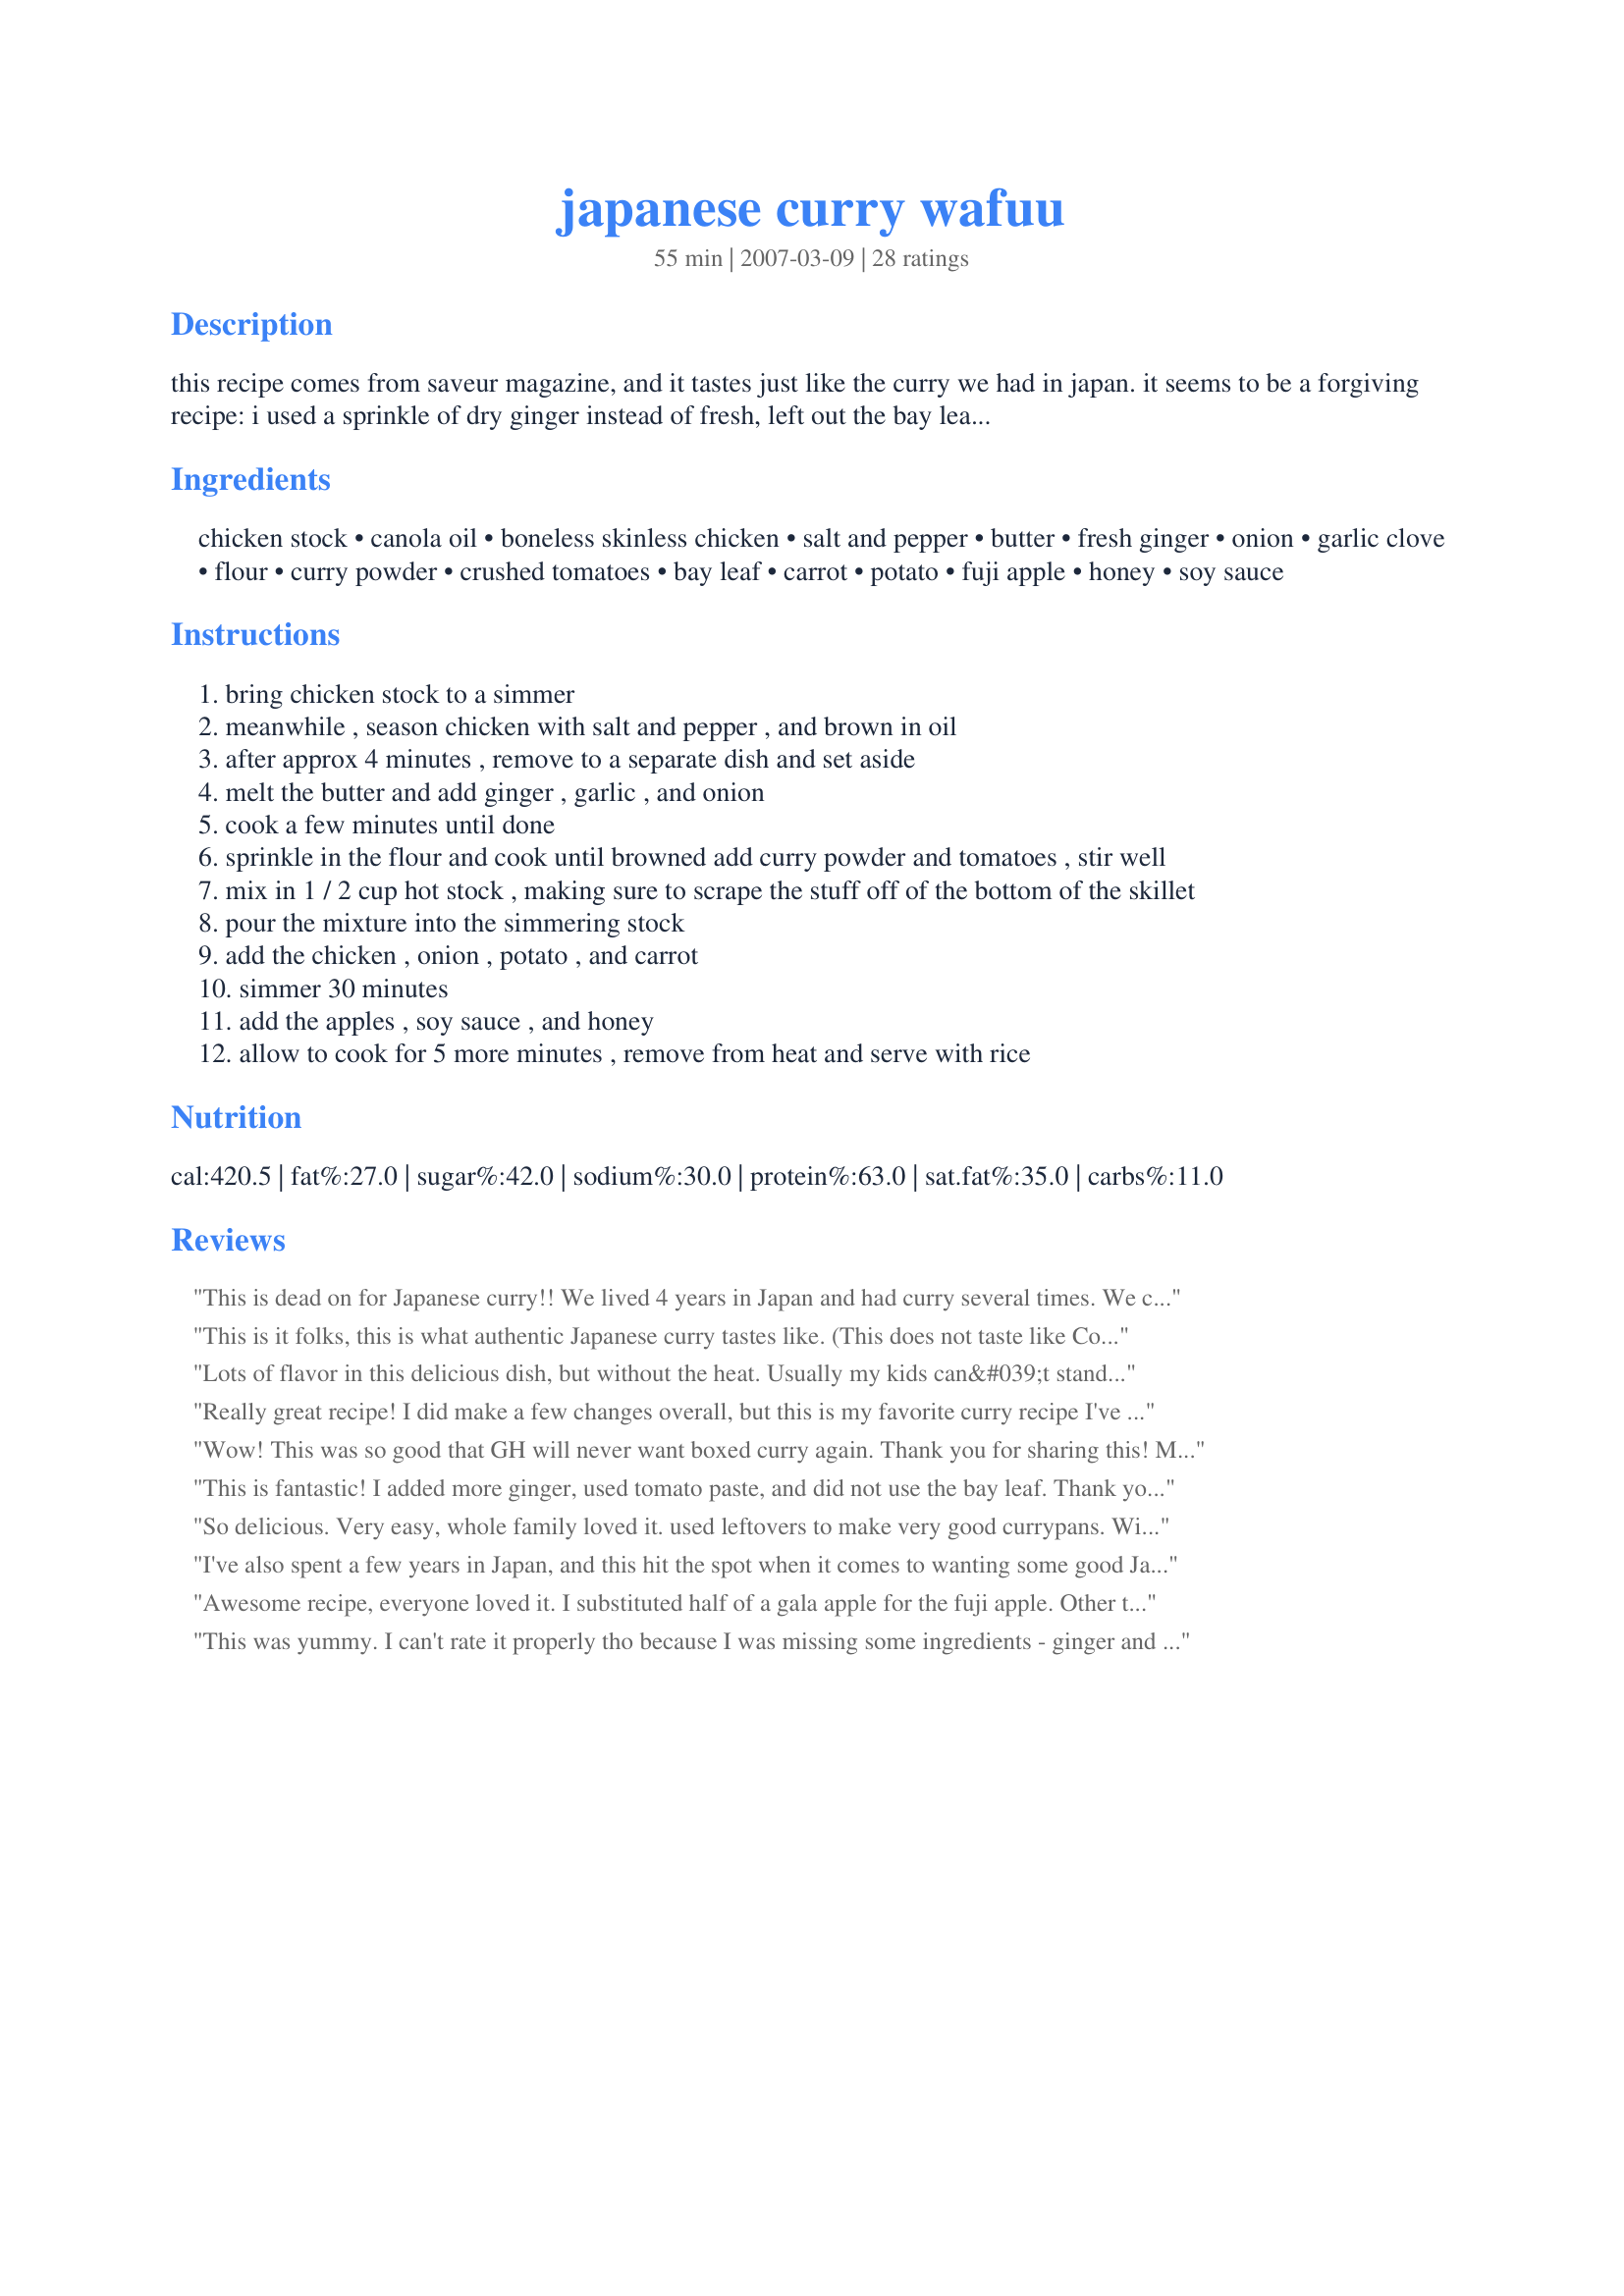
japanese curry wafuu
Preparation time: 55 minutes

this recipe comes from saveur magazine, and it tastes just like the curry we had in japan. it seems to be a forgiving recipe: i used a sprinkle of dry ginger instead of fresh, left out the bay leaf, used 1/2 cup of apple sauce instead of a grated apple, used chicken bullion instead of stock and used ketchup instead of crushed tomatoes. serve with freshly steamed rice. it doesn't take a long time to make, and isn't complicated although it has a long list of ingredients. edit - a few reviewers think that 1/2 cup of applesauce makes it too sweet, so please adjust to your tastes if you decide to substitute it for the apple :-)

Ingredients:
chicken stock, canola oil, boneless skinless chicken, salt and pepper, butter, fresh ginger, onion, garlic clove, flour, curry powder, crushed tomatoes, bay leaf, carrot, potato, fuji apple, honey, soy sauce

Steps:
bring chicken stock to a simmer
meanwhile , season chicken with salt and pepper , and brown in oil
after approx 4 minutes , remove to a separate dish and set aside
melt the butter and add ginger , garlic , and onion
cook a few minutes until done
sprinkle in the flour and cook until browned add curry powder and tomatoes , stir well
mix in 1 / 2 cup hot stock , making sure to scrape the stuff off of the bottom of the skillet
pour the mixture into the simmering stock
add the chicken , onion , potato , and carrot
simmer 30 minutes
add the apples , soy sauce , and honey
allow to cook for 5 more minutes , remove from heat and serve with rice

Reviews:
This is dead on for Japanese curry!! We lived 4 years in Japan and had curry several times. We can buy the mix in the box, but I prefer homemade. Thank you so much for sharing. I made a double recipe and used 1 T of tomato paste instead of crushed tomatoes. This is nice and hearty with the veggies in it! Thanks, Japan bound!
This is it folks, this is what authentic Japanese curry tastes like. (This does not taste like Coco's curry house however) This recipe is simply outstanding. I've tried alot of japanese curry recipes and this one takes the cake. I've lived in Japan for 8 years now. This recipe is awesome.
Lots of flavor in this delicious dish, but without the heat. Usually my kids can&#039;t stand curry but they had no problem eating this. The husband and I loved it, although I may add some heat to it next time. We will definitely make this again.
Really great recipe! I did make a few changes overall, but this is my favorite curry recipe I've tried so far. I made it vegetarian, with grilled eggplant instead of chicken, and it worked out nicely. Also, I used sundried tomato paste instead of canned tomatoes, since that was what I had on hand, and ended up not putting in the honey (would have been too sweet for me!) and adding about 1/2 teaspoon garam masala and just a sprinkle of chili powder to spice it up. Overall, wonderful! Thanks for the recipe, I love it.
Wow! This was so good that GH will never want boxed curry again. Thank you for sharing this! Minor things I tweaked: used low-sodium chicken broth instead of stock, omitted yellow onions and instead minced several scallions with the garlic and ginger and used a granny smith apple. I left the curry powder at 2 tbsps since we like the Hot boxed variety and the heat level was just right. Yum!
This is fantastic! I added more ginger, used tomato paste, and did not use the bay leaf. Thank you for a delicious recipe.
So delicious. Very easy, whole family loved it. used leftovers to make very good currypans. Will make again and again!!
I've also spent a few years in Japan, and this hit the spot when it comes to wanting some good Japanese curry. I almost doubled the recipe and it made 4 big servings for curry rice-lovers. I didn't double the curry powder or onion. I also substituted tomato paste, and I used only 1/2 a fresh fuji apple. Came out medium hot. Delicious!!
Awesome recipe, everyone loved it. I substituted half of a gala apple for the fuji apple. Other than that, I followed the recipe and it was great!! The taste was just slighty off from my favorite Japanese resto :) probably because they bread their chicken. I'm going to make this again in a couple days and use up the remaining ingredients that I have, but without the chicken. Thanks for the recipe! Now...does anyone know how to get that curry smell out of an apartment? ;)
This was yummy. I can't rate it properly tho because I was missing some ingredients - ginger and apple. Used apple juice instead which made it a little thin but still really good. My Japanese-American husband gave it a big thumbs up and even my picky teen said it was almost as good as the boxed sauce. Easy too.
Loved it! Japanese curry is one of our favorite dishes and this one definitly was one of the better ones we've tried.
If I could give more than just 5 stars, I would. This recipe is absolutely astounding! Easy to prepare, the flavors cannot be described. So, so good. I am at a loss for words. Everyone enjoyed it thoroughly. Not much leftover and what was, has gone into the lunch bags for tomorrow. I used tomato paste and a McIntosh apple. Thank you so much Japan Bound. Excellent!
YUM! I just made this and I had to say this is so good! This was my first time making curry, so I was a little worried about how it would come out. The recipe is very easy to follow. My mom loves it! I will be making this again. Thanks for the great recipe! ;P
Delicious. Made per recipe except made it vegan, so subbed margarine, left out chicken and put in edamame. Kids inhaled this. Will definitely do this again. Thanks for a great recipe.
We thoroughly enjoyed this dish! my changes were using an extra garlic clove, ketchup as suggested, only 1 TBLS of curry - still plenty spicy, and 2/3 of a Granny Smith apple (should have added it all). This went together easily and has a nice complex taste without being complex to make. I wasn't sure if I'd like the potato in it but found that it was good. I served this over jasmine rice. Thanks for sharing! Made for ZWT 6 ZINGO by one of the Unrulies Under the Influence.
This is a great Japanese curry recipe. It's not as dark colored as the restaurants' curry in Japan, but it's very tasty. I will definitely be making this again.
Very tasty recipe but way too spicy for myself and my son. My husband liked the spice, though. I liked how easy it was to put together. I will make it again either with milder curry powder or with less. Made for ZWT6 ZINGO for team SSaSSy.
I like Japanese Curry, who knew? I have never had a similar dish before. I was leery of using so much curry powder, but I did it anyway. Love the complexities of this dish. Made for ZWT #6 - ZINGO.
Very good. I omitted the potato, added spinach, mushroom, and ketchup.
Absolutely wonderful! Ooooohhh I just woke up one day and wanted the good ol' Japanese curry I remember having from the Vermont Curry box, but there are no grocery stores around that I know of that has it. I was sorely disappointed with the lack of recipes for good, real Japanese curry, and I am soooooo happy I found this! Thank you so much. I cut my potatoes a little too big, so the cooking time had to be a bit longer. Also, I threw in a bag of frozen peas and carrots. I thought the curry was a bit too sweet, so I might cut down on the applesauce next time. Then again, my measurements could have been a bit wacky because I throw things in by guesstimate?
I used Japanese curry powder,fresh tomatoes and a regular apple. Brought back sweet memories of me sharing a Karerais (curry and rice) with my friends in Osaka. Made for ZWT6/zingo
I lived in Japan for 8 years and am so happy to find this website. My favorite dish in Japan was Katsudon and I would like to make it but don't know how to make the dashi stock. Can someone help me?
This recipe is the real deal! Thank you Japan bound!
I can't even begin to say how successfully this went down in my household. I followed the recipe to the letter and was initially a bit worried that it might be too sweet, but after letting it simmer for the last 5mins... it was PERFECT!
I also deep-fried some chicken cutlets dipped in panko breadcrumbs to recreate the dish I always order in the japanese restaurant.
This was a great recipe! My husband used to live in Japan and we often make curry with the instant cubes. I thought this tasted a lot like the cubed curry. Full of flavor and very easy to make. Reviewed for ZWT 4, 2008.
Delicious. The instructions for the substitutions are very helpful. I suggest not adding the apple because it doesn&#039;t really make a world of difference. I actually prefer mine without it. I added a few more tablespoons of curry powder just because I like the spice. Do not add more water into this recipe unless the curry is starting to stick to the bottom as you&#039;re cooking. The best way to make a thick sauce is to use the chicken stock as specified in the instructions, while cooking with the lid CLOSED. If needed, THEN add water to prevent from sticking&lt;br/&gt;&lt;br/&gt;***IMPORTANT TIP: after making the roux (after adding curry powder/tomatoes) I suggest using a shifter to dissolve the mix into the chicken stock. I find that this is the easiest way to thoroughly dissolve the roux. So basically, put your roux on the shifter, and dip the shifter into the stock, and mix the roux while it&#039;s in the shifter.
This recipe is very forgiving. I added the onion all at once, used ketchup and omitted the potato because my DS doesn&#039;t like potatoes.We loved this recipe. I used the amount of curry called for and it was perfect for us. I expected a flavorful dish and it is. My son had 4 HELPINGS! I served with brown basmati rice. Thanks for a great recipe.
I was trying not to get my hopes up that it would really taste like the "box" curry that we love... but it really did! Our whole family (including my 2 and 3 yr old) loved it! If I make any changes, it might be to use a little less applesauce (maybe 1/4 c). We also added salt and Sriracha hot chili sauce to taste at the table. (I used low-sodium chicken broth...I guess it defeats the purpose if I add more salt before I eat it. :) oh, well.)For the record, I didn't have any boneless chicken, so I browned some bone-in thighs in the oil with the lid on and when they were almost cooked through, I took them out and let them cool a little while I continued cooking. I then chopped them just as the curry and veggies were beginning to simmer and through it in with everything else to finish cooking all the way through. Oh, I also used fresh tomato cut as small as I could, since I didn't have any crushed canned tomatoes. Like I said the flavor (and the smell!!) was great and we were very pleased with this recipe!
Wonderful! Substituted fresh tomatoes with ketchup as suggested and followed everything else. It's now a staple in our household. Thank you!
